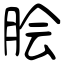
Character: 脍